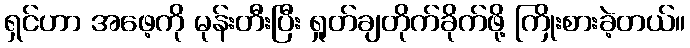
ရှင်ဟာ အဖေ့ကို မုန်းတီးပြီး ရှုတ်ချတိုက်ခိုက်ဖို့ ကြိုးစားခဲ့တယ်။